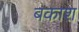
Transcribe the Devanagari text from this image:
बकाश